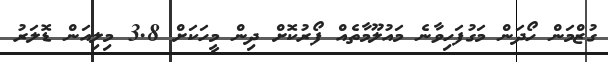
ގުޒްމަން ހޯދަން މަގުފަހިވާނެ މައުލޫމާތެއް ފޯރުކޮށް ދިން މީހަކަށް 3.8 މިލިއަން ޑޮލަރު